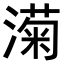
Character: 𬈵